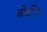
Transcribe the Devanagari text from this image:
बोर्डींग